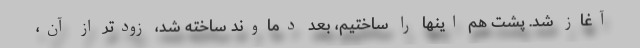
آغاز شد. پشت هم اینها را ساختیم، بعد دماوند ساخته شد، زودتر از آن،